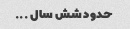
حدود شش سال ...